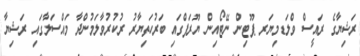
ރަޝިޔާގެ ރައީސް ވްލަޑމިޔަރ ޕޫޓިން ނޭޓޯއިން ޔޫރަޕްގައި ބަރުހަތިޔާރު ރުކުރުވާލަމުންދާ މައްސަލާގައި ރަޝިޔާ